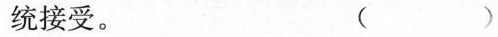
统接受。（）